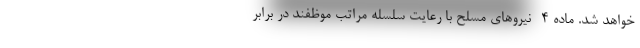
خواهد شد. ماده ۴- نیروهای مسلح با رعایت سلسله مراتب موظفند در برابر